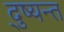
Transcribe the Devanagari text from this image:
दु्ष्यन्त